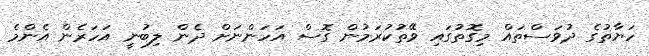
ހަޔާތުގެ ދުވަސްތައް މިގޮތުގައި ވޭތުކުރަމުން ގޮސް އަހަންނަށް ދެން ލިބުނީ އަހަރެން އެންމެ